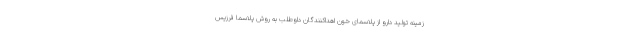
زمینه تولید دارو از پلاسمای خون اهداکنندگان داوطلب به روش پلاسما فرزیس